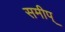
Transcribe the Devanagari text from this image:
समीप्